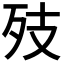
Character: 𭮂